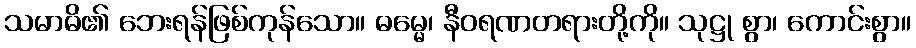
သမာဓိ၏ ဘေးရန်ဖြစ်ကုန်သော။ ဓမ္မေ၊ နီဝရဏတရားတို့ကို။ သုဋ္ဌု စွာ၊ ကောင်းစွာ။